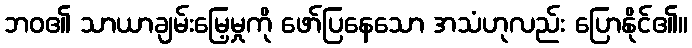
ဘဝ၏ သာယာချမ်းမြေ့မှုကို ဖော်ပြနေသော အသံဟုလည်း ပြောနိုင်၏။